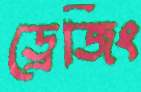
ড্রেজিং